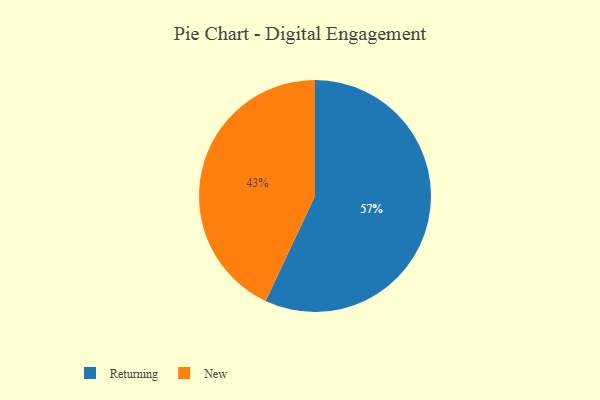
{"axis": {"x": "Category", "y": "Percentage"}, "legend": ["New", "Returning"], "data": [{"x": "Returning", "y": 57, "type": "Returning"}, {"x": "New", "y": 43, "type": "New"}]}